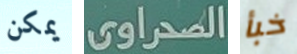
يمكن الصحراوى خبأ